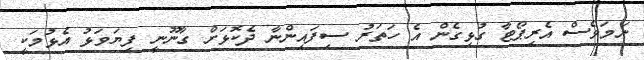
ނަމަވެސް އެރިޕޯޓާ ގުޅިގެން އެ ހަތަރު ސިފައިންނާ ދެކޮޅަށް ގާނޫނީ ފިޔަވަޅު އެޅުމަކީ